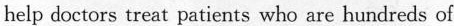
help doctors treat patients who are hundreds of